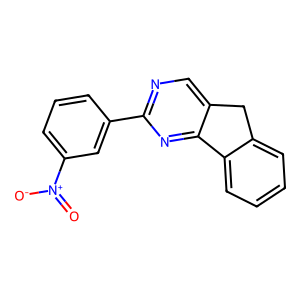
SMILES: O=[N+]([O-])c1cccc(-c2ncc3c(n2)-c2ccccc2C3)c1
Inhibits HIV replication: No